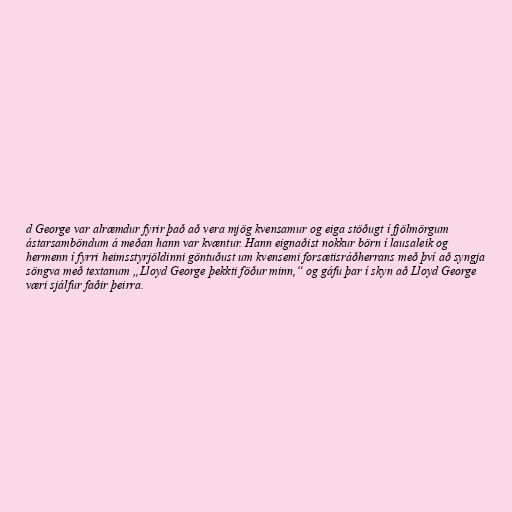
d George var alræmdur fyrir það að vera mjög kvensamur og eiga stöðugt í fjölmörgum
ástarsamböndum á meðan hann var kvæntur. Hann eignaðist nokkur börn í lausaleik og
hermenn í fyrri heimsstyrjöldinni göntuðust um kvensemi forsætisráðherrans með því að syngja
söngva með textanum „Lloyd George þekkti föður minn,“ og gáfu þar í skyn að Lloyd George
væri sjálfur faðir þeirra.